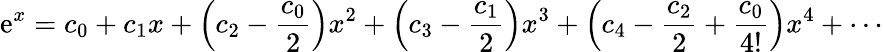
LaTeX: \mathrm{e}^{x}=c_{0}+c_{1}x+\left(c_{2}-{\frac{{c_{0}}}{{2}}}\right)x^{2}+\left(c_{3}-{\frac{{c_{1}}}{{2}}}\right)x^{3}+\left(c_{4}-{\frac{{c_{2}}}{{2}}}+{\frac{{c_{0}}}{{4!}}}\right)x^{4}+\cdots